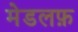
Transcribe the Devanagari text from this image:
मेडलफ़